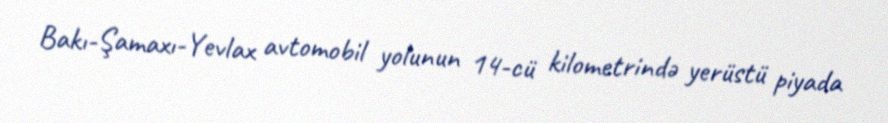
Bakı-Şamaxı-Yevlax avtomobil yolunun 14-cü kilometrində yerüstü piyada